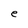
Character: e